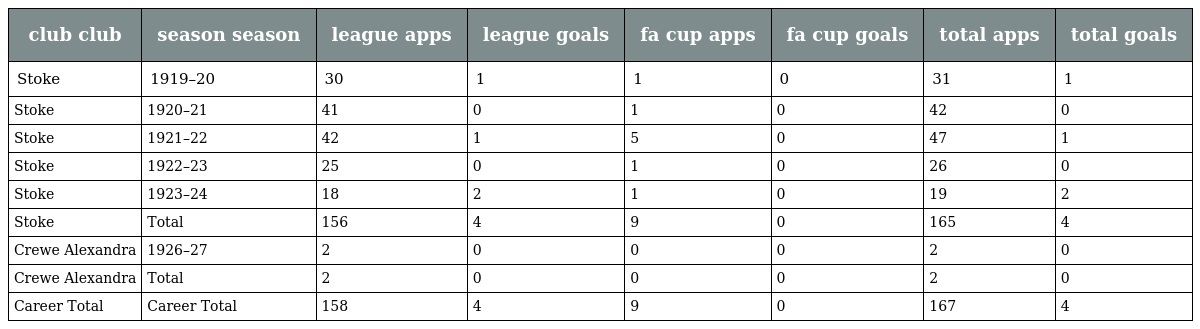
| club club | season season | league apps | league goals | fa cup apps | fa cup goals | total apps | total goals |
 | --- | --- | --- | --- | --- | --- | --- | --- |
 | Stoke | 1919–20 | 30 | 1 | 1 | 0 | 31 | 1 |
 | Stoke | 1920–21 | 41 | 0 | 1 | 0 | 42 | 0 |
 | Stoke | 1921–22 | 42 | 1 | 5 | 0 | 47 | 1 |
 | Stoke | 1922–23 | 25 | 0 | 1 | 0 | 26 | 0 |
 | Stoke | 1923–24 | 18 | 2 | 1 | 0 | 19 | 2 |
 | Stoke | Total | 156 | 4 | 9 | 0 | 165 | 4 |
 | Crewe Alexandra | 1926–27 | 2 | 0 | 0 | 0 | 2 | 0 |
 | Crewe Alexandra | Total | 2 | 0 | 0 | 0 | 2 | 0 |
 | Career Total | Career Total | 158 | 4 | 9 | 0 | 167 | 4 |